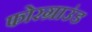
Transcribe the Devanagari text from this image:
फोरग्राउंड